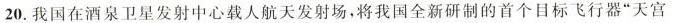
20.我国在酒泉卫星发射中心载人航天发射场，将我国全新研制的首个目标飞行器”天宫